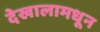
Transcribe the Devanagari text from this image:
देखालामधून